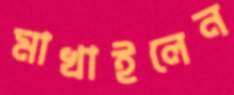
মাখাইলেন